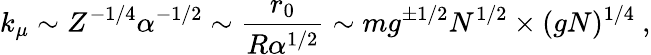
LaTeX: k_{\mu}\sim Z^{-1/4}\alpha^{-1/2}\sim\frac{r_{0}}{R\alpha^{1/2}}\sim mg^{\pm 1/2}N^{1/2}\times(gN)^{1/4}\ ,